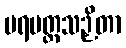
ပရမတ္ထသဉှိတာ